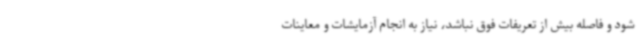
شود و فاصله بیش از تعریفات فوق نباشد، نیاز به انجام آزمایشات و معاینات